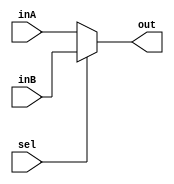
module mux_2to1_5bit(out, inA, inB, sel);

    output  [4:0] out;
    
    input   [4:0] inA;
    input   [4:0] inB;
    input          sel;
	reg [4:0]out;
    /* Fill in the implementation here ... */ 
	 always@(inA,inB,sel)
	 begin
    if (sel == 0)
	 begin
	   out <= inA;
	 end
	 else 
	 begin
      out <= inB;
	 end
	 end
	 

endmodule